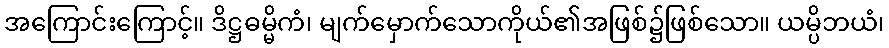
အကြောင်းကြောင့်။ ဒိဋ္ဌဓမ္မိကံ၊ မျက်မှောက်သောကိုယ်၏အဖြစ်၌ဖြစ်သော။ ယမ္ပိဘယံ၊